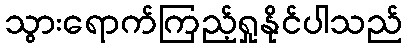
သွားရောက်ကြည့်ရှုနိုင်ပါသည်